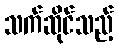
သက်ဆိုင်သည့်